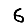
Digit: 6